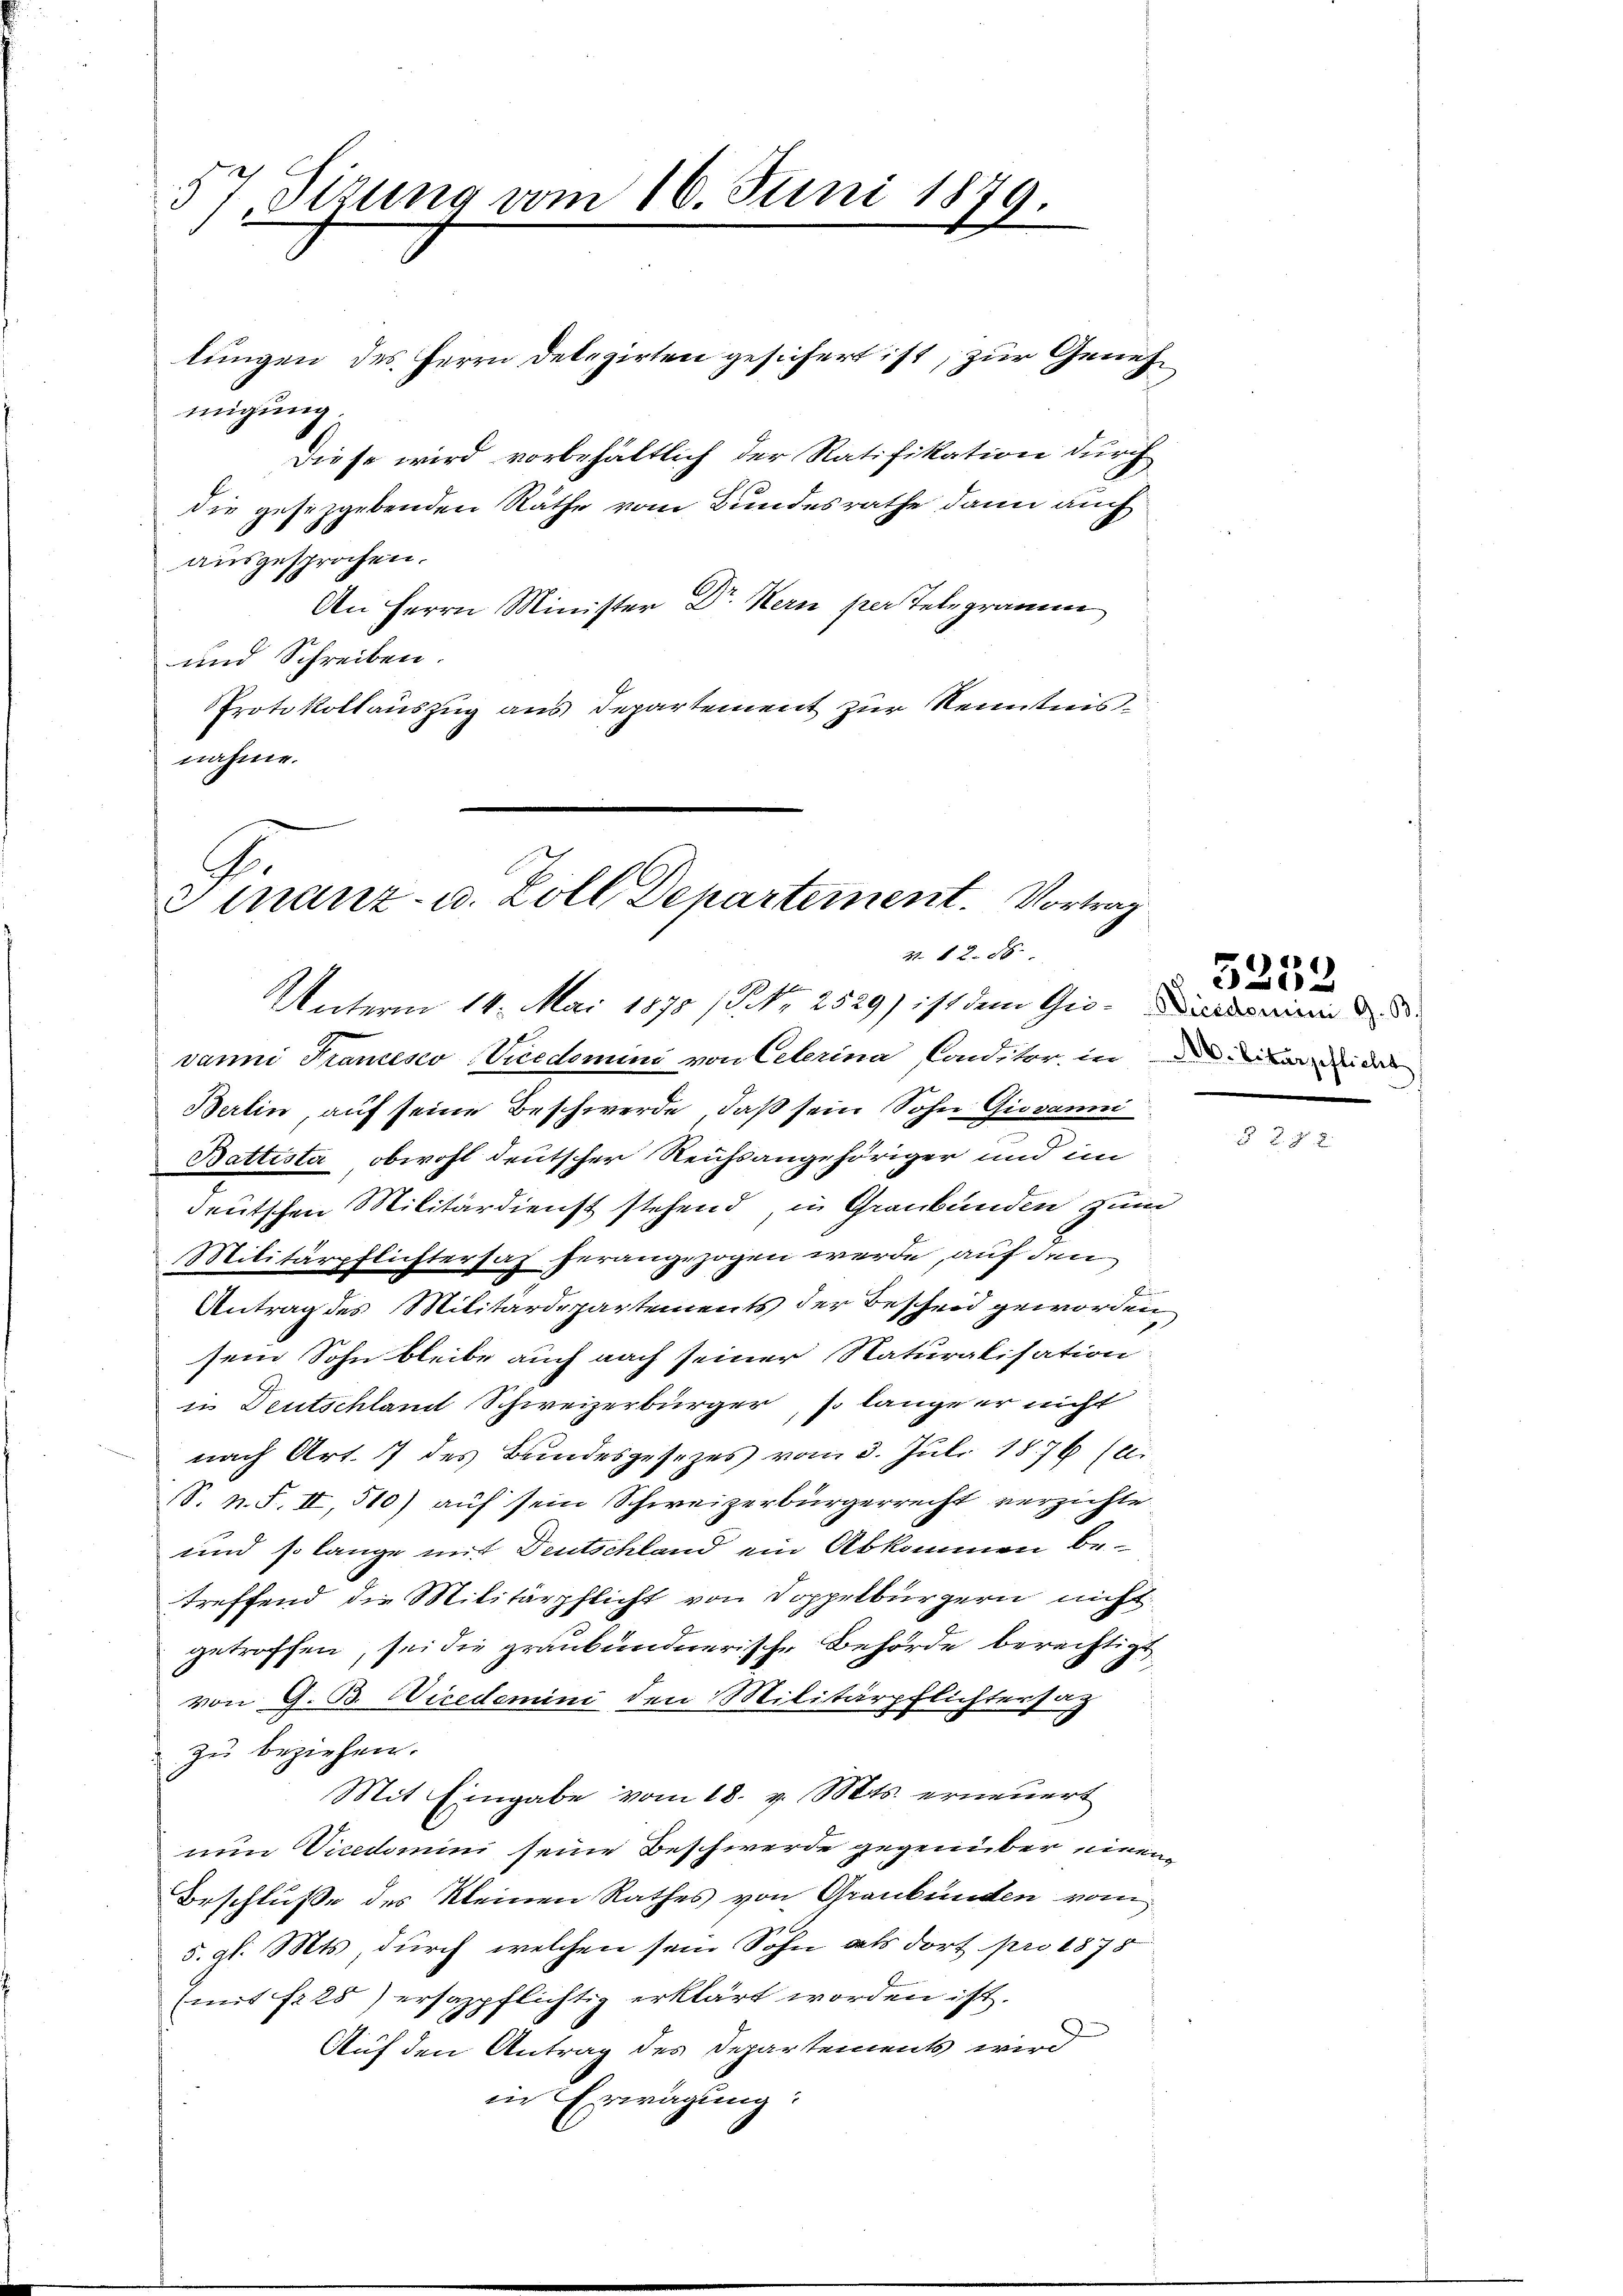
57 Sizung vom 16. Juni 1879.

lungen des Herrn Delegirten gesichert ist, zur Genehmigung
Diese wird vorbehältlich der Ratifikation durch
die gesetzgebenden Räthe vom Bundesrathe dann auch
ausgesprochen.
An Herrn Minister Dr. Hern per Telegramm
und Schreiben.
Protokollauszug aus Departement zur Kenntnisnahme.

Finanz- u. Zoll Departement. Vortrag
Z. 12. 86.

Unterm 14. Mai 1870 / Nr. 2529) ist dem Gio- und in de
vanni Francesco Vicedsmini von Celerina Conditor, inde in bare des
Berlin, auf seine Beschwerde, daß sein Sohn Giovanni
Battista obwohl deutscher Reichsangehöriger und im
deutschen Militärdienst stehend, in Graubünden zum
Militärpflichtersaz herangezogen werde, auf den
Antrag des Militärdepartements der Bescheid geworden,
sein Sohn bleibe auch nach seiner Naturalisation
in Deutschlamt Schweizerbürger, so lange er nicht
nach Art. 7 des Bundesgesezes vom 3. Juli 1876 (2.
S. n. F. II, 510) auf sein Schweizerbürgerrecht verzichte
und so lange mit Deutschland ein Abkommen betreffend die Militärpflicht von Doppelbürgern nicht
getroffen, sei die graubündnerische Behörde berechtigt
von G. B. Vicedemini den Militärpflichtersag
zu beziehen.
Mit Eingabe vom 18. v. Mts. erneuert
run Vicedomini seine Beschwerde gegenüber einen
Beschluße des kleinen Rathes von Graubünden vom
5. gl. Mts., durch welchen sein Sohn als dort pro 1875
(mit fr. 25) ersazpflichtig erklärt worden ist.
Auf den Antrag des Departements wird
in Erwägung:

2

§ 3